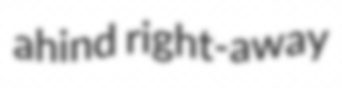
ahind right-away